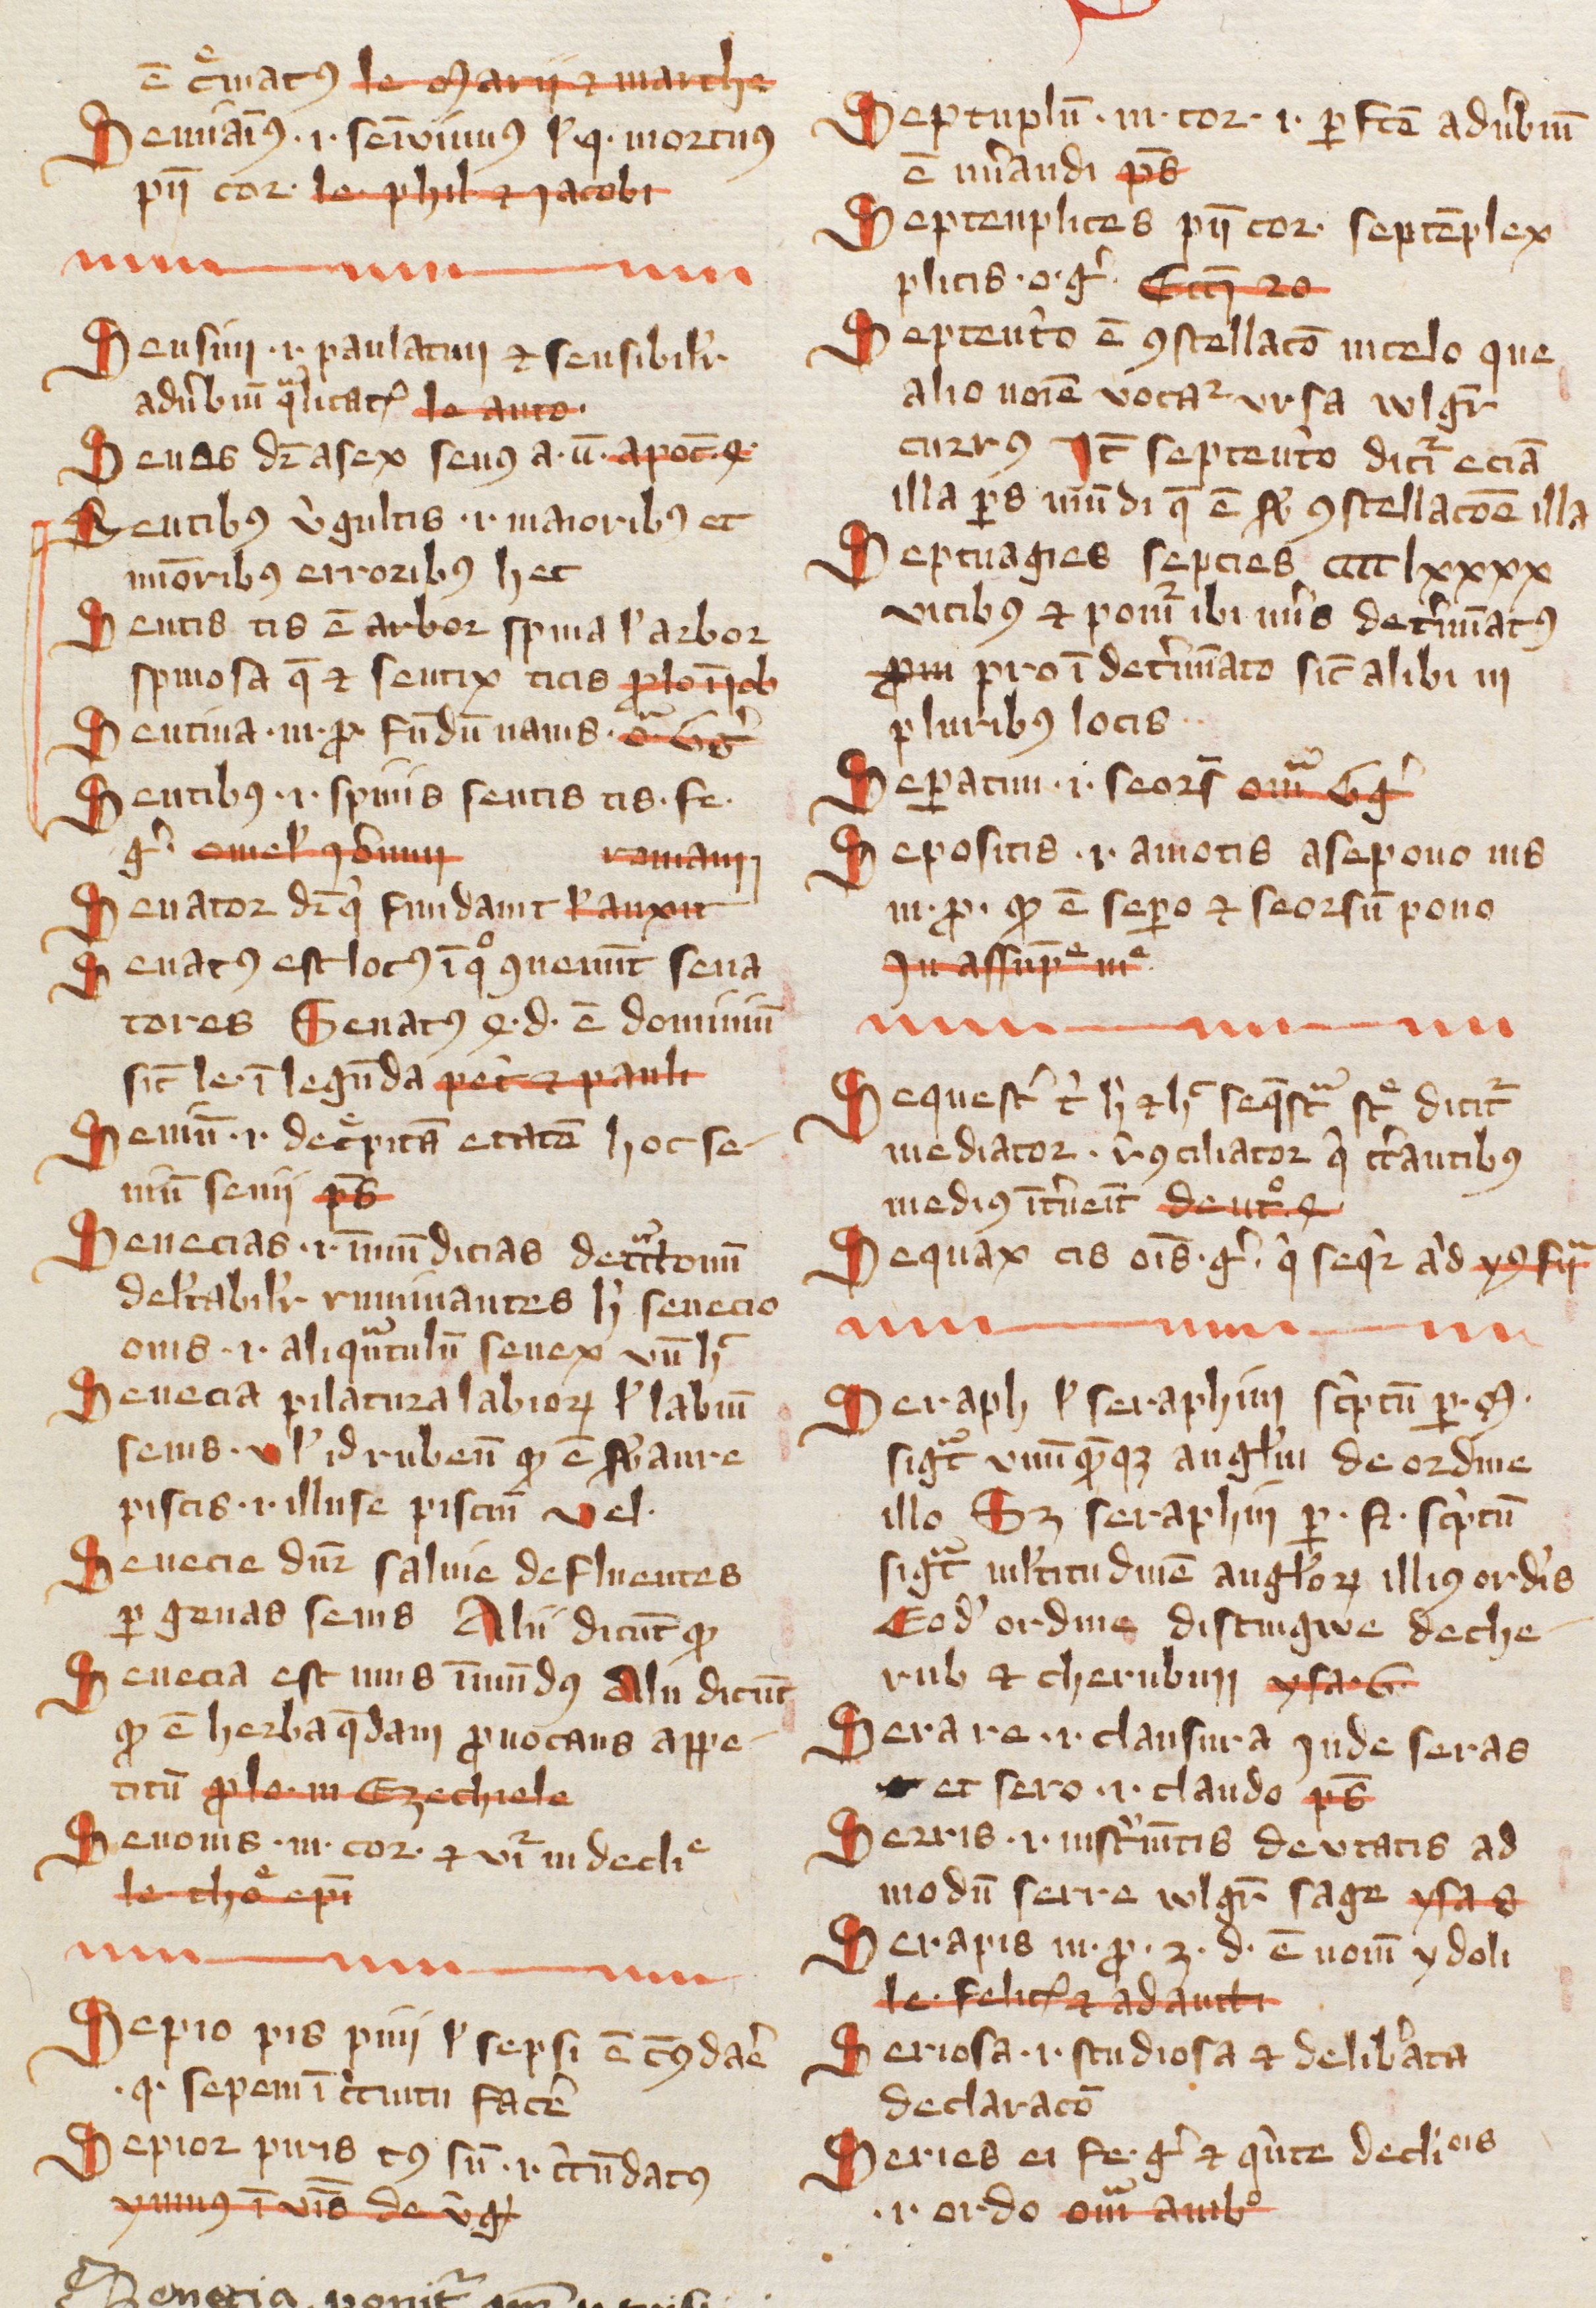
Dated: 1385–1415